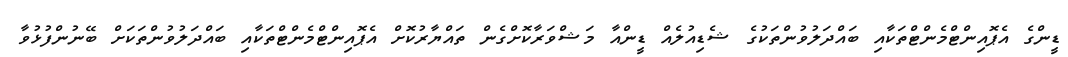
ޑީންގެ އެޕޮއިންޓްމެންޓްތަކާއި ބައްދަލުވުންތަކުގެ ޝެޑިއުލެއް ޑީންއާ މަޝްވަރާކޮށްގެން ތައްޔާރުކޮށް އެޕޮއިންޓްމެންޓްތަކާއި ބައްދަލުވުންތަކަށް ބޭނުންފުޅުވާ